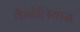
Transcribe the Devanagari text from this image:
कैनेलियास